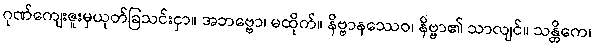
ဂုဏ်ကျေးဇူးမှယုတ်ခြသင်းငှာ။ အဘဗ္ဗော၊ မထိုက်။ နိဗ္ဗာနဿေဝ၊ နိဗ္ဗာ၏ သာလျင်။ သန္တိကေ၊